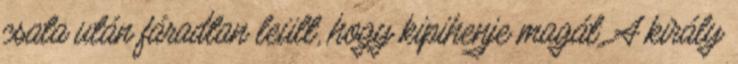
csata után fáradtan leült, hogy kipihenje magát. A király